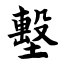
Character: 墼